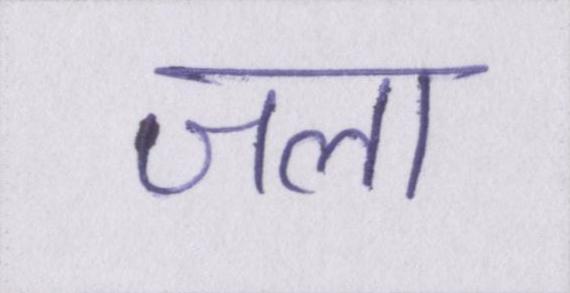
जला